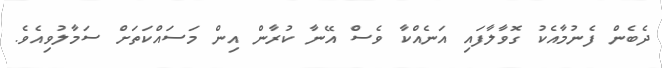
ދެބެން ފެނުމާއެކު ގޮވާލާފައި އަނެއްކާ ވެސް އޭނާ ކުރާން އިން މަސައްކަތަށް ސަމާލުވިއެވެ.